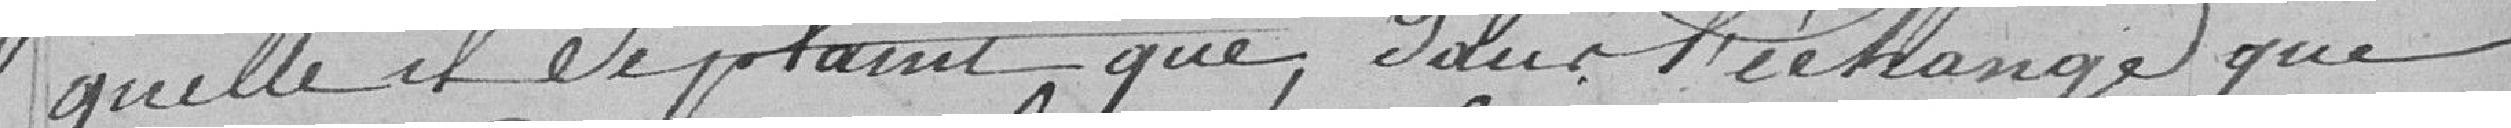
-quelle il se plaint que, dans l'échange que